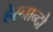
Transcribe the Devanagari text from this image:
हेरनान्दो